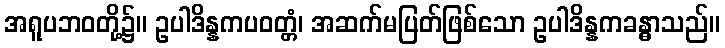
အရူပဘဝတို့၌။ ဥပါဒိန္နကပဝတ္တံ၊ အဆက်မပြတ်ဖြစ်သော ဥပါဒိန္နကခန္ဓာသည်။